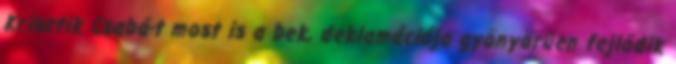
Krisztik Csabá-t most is a bek, deklamációja gyönyörűen fejlődik